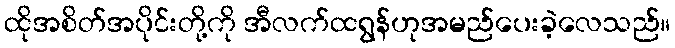
ထိုအစိတ်အပိုင်းတို့ကို အီလက်ထရွန်ဟုအမည်ပေးခဲ့လေသည်။